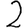
Digit: 2